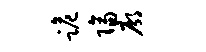
跪隔廓